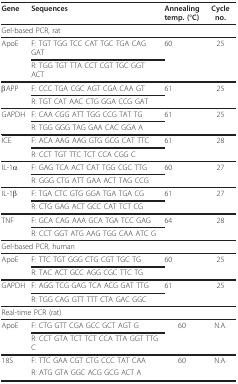
<table><thead><tr><td><b>Gene</b></td><td><b>Sequences</b></td><td><b>Annealingtemp. (°C)</b></td><td><b>Cycle no.</b></td></tr></thead><tbody><tr><td colspan="4">Gel-based PCR, rat</td></tr><tr><td>ApoE</td><td>F: TGT TGG TCC CAT TGC TGA CAG GAT</td><td>60</td><td>25</td></tr><tr><td></td><td>R: TGG TGT TTA CCT CGT TGC GGT ACT</td><td></td><td></td></tr><tr><td>βAPP</td><td>F: CCC TGA CGC AGT CGA CAA GT</td><td>61</td><td>25</td></tr><tr><td></td><td>R: TGT CAT AAC CTG GGA CCG GAT</td><td></td><td></td></tr><tr><td>GAPDH</td><td>F: CAA CGG ATT TGG CCG TAT TG</td><td>61</td><td>25</td></tr><tr><td></td><td>R: TGG GGG TAG GAA CAC GGA A</td><td></td><td></td></tr><tr><td>ICE</td><td>F: ACA AAG AAG GTG GCG CAT TTC</td><td>61</td><td>28</td></tr><tr><td></td><td>R: CCT TGT TTC TCT CCA CGG C</td><td></td><td></td></tr><tr><td>IL-1α</td><td>F: GAG TCA ACT CAT TGG CGC TTG</td><td>60</td><td>27</td></tr><tr><td></td><td>R: GGG CTG ATT GAA ACT TAG CCG</td><td></td><td></td></tr><tr><td>IL-1β</td><td>F: TGA CTC GTG GGA TGA TGA CG</td><td>61</td><td>27</td></tr><tr><td></td><td>R: CTG GAG ACT GCC CAT TCT CG</td><td></td><td></td></tr><tr><td>TNF</td><td>F: GCA CAG AAA GCA TGA TCC GAG</td><td>64</td><td>28</td></tr><tr><td></td><td>R: CCT GGT ATG AAG TGG CAA ATC G</td><td></td><td></td></tr><tr><td colspan="4">Gel-based PCR, human</td></tr><tr><td>ApoE</td><td>F: TTC TGT GGG CTG CGT TGC TG</td><td>60</td><td>25</td></tr><tr><td></td><td>R: TAC ACT GCC AGG CGC TTC TG</td><td></td><td></td></tr><tr><td>GAPDH</td><td>F: AGG TCG GAG TCA ACG GAT TTG</td><td>61</td><td>25</td></tr><tr><td></td><td>R: TGG CAG GTT TTT CTA GAC GGC</td><td></td><td></td></tr><tr><td colspan="4">Real-time PCR (rat)</td></tr><tr><td>ApoE</td><td>F: CTG GTT CGA GCC GCT AGT G</td><td>60</td><td>N.A.</td></tr><tr><td></td><td>R: CCT GTA TCT TCT CCA TTA GGT TTG C</td><td></td><td></td></tr><tr><td>18S</td><td>F: TTC GAA CGT CTG CCC TAT CAA</td><td>60</td><td>N.A.</td></tr><tr><td></td><td>R: ATG GTA GGC ACG GCG ACT A</td><td></td><td></td></tr></tbody></table>